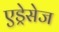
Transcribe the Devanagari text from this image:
एड्रेसेज